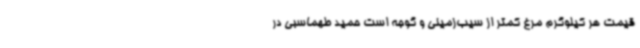
قیمت هر کیلوگرم مرغ کمتر از سیب‌زمینی و گوجه است حمید طهماسبی در